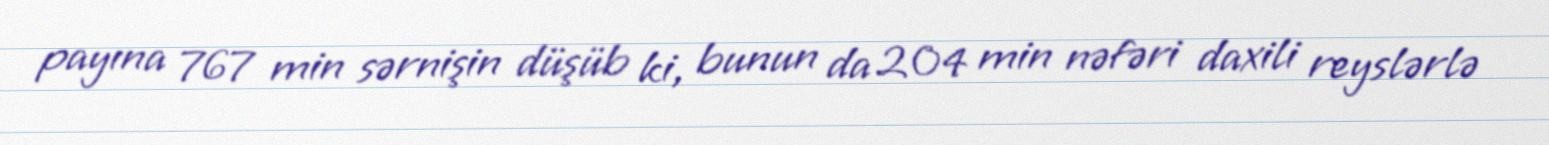
payına 767 min sərnişin düşüb ki, bunun da 204 min nəfəri daxili reyslərlə